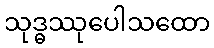
သုဒ္ဓဿုပေါသထော